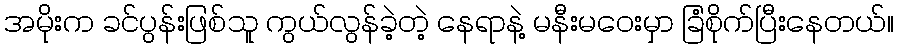
အမိုးက ခင်ပွန်းဖြစ်သူ ကွယ်လွန်ခဲ့တဲ့ နေရာနဲ့ မနီးမဝေးမှာ ခြံစိုက်ပြီးနေတယ်။